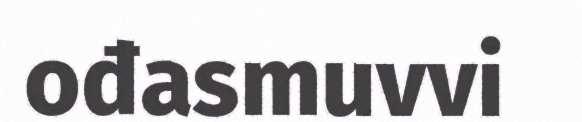
ođasmuvvi